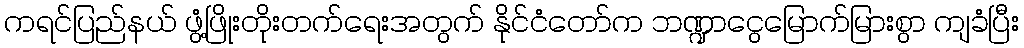
ကရင်ပြည်နယ် ဖွံ့ဖြိုးတိုးတက်ရေးအတွက် နိုင်ငံတော်က ဘဏ္ဍာငွေမြောက်မြားစွာ ကျခံပြီး